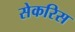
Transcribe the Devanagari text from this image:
सेकरिस